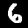
Digit: 6